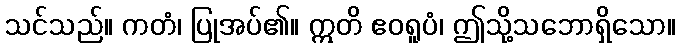
သင်သည်။ ကတံ၊ ပြုအပ်၏။ ဣတိ ဧဝရူပံ၊ ဤသို့သဘောရှိသော။